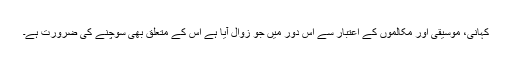
کہانی، موسیقی اور مکالموں کے اعتبار سے اس دور میں جو زوال آیا ہے اس کے متعلق بھی سوچنے کی ضرورت ہے۔